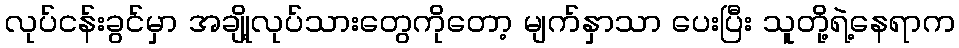
လုပ်ငန်းခွင်မှာ အချို့လုပ်သားတွေကိုတော့ မျက်နှာသာ ပေးပြီး သူတို့ရဲ့နေရာက